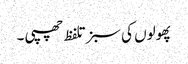
پھولوں کی سبز تلفظ چھپی ۔